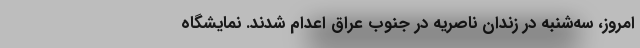
امروز، سه‌شنبه در زندان ناصریه در جنوب عراق اعدام شدند. نمایشگاه